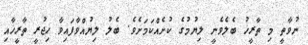
ނުވާތީ މި ތާރީޚު ބެލެވެނީ ލިޔުމުގެ ކުށެއްކަމަށެވެ. ބެލު ލިޔުއްވާފައިވާ ހިޖުރީ ތާރީޚާއި